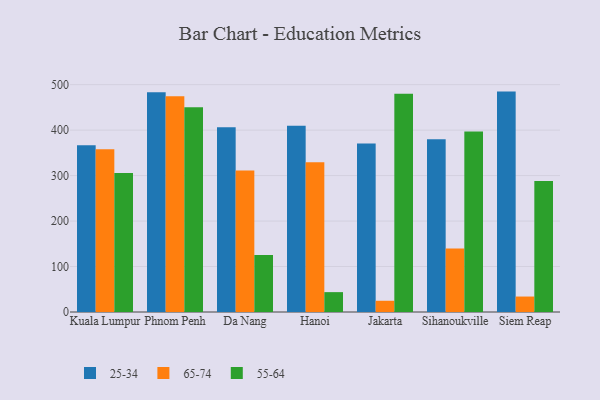
{"axis": {"x": "City", "y": "Churn Rate (%)"}, "legend": ["25-34", "55-64", "65-74"], "data": [{"x": "Kuala Lumpur", "y": 366.7, "type": "25-34"}, {"x": "Kuala Lumpur", "y": 358.1, "type": "65-74"}, {"x": "Kuala Lumpur", "y": 305.9, "type": "55-64"}, {"x": "Phnom Penh", "y": 483.0, "type": "25-34"}, {"x": "Phnom Penh", "y": 474.4, "type": "65-74"}, {"x": "Phnom Penh", "y": 450.3, "type": "55-64"}, {"x": "Da Nang", "y": 406.2, "type": "25-34"}, {"x": "Da Nang", "y": 311.4, "type": "65-74"}, {"x": "Da Nang", "y": 125.5, "type": "55-64"}, {"x": "Hanoi", "y": 409.6, "type": "25-34"}, {"x": "Hanoi", "y": 329.4, "type": "65-74"}, {"x": "Hanoi", "y": 43.7, "type": "55-64"}, {"x": "Jakarta", "y": 370.7, "type": "25-34"}, {"x": "Jakarta", "y": 24.7, "type": "65-74"}, {"x": "Jakarta", "y": 480.1, "type": "55-64"}, {"x": "Sihanoukville", "y": 379.9, "type": "25-34"}, {"x": "Sihanoukville", "y": 139.5, "type": "65-74"}, {"x": "Sihanoukville", "y": 397.0, "type": "55-64"}, {"x": "Siem Reap", "y": 484.7, "type": "25-34"}, {"x": "Siem Reap", "y": 34.0, "type": "65-74"}, {"x": "Siem Reap", "y": 288.2, "type": "55-64"}]}